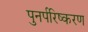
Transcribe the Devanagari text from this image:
पुनर्परिष्करण